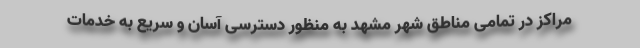
مراکز در تمامی مناطق شهر مشهد به منظور دسترسی آسان و سریع به خدمات